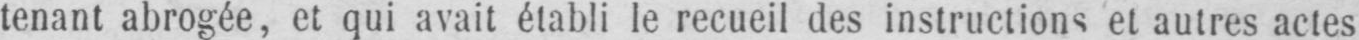
tenant abrogée, et qui avait établi le recueil des instructions et autres actes